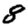
Digit: 8